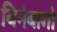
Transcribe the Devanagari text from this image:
विनेबागो